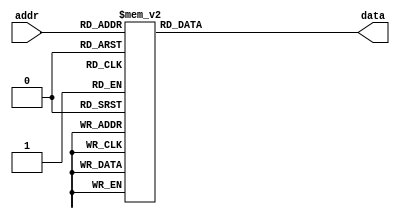
`timescale 1ns / 1ps
//////////////////////////////////////////////////////////////////////////////////
// Company: 
// Engineer: 
// 
// Design Name: 
// Module Name:    ROM_CardH 
// Project Name: 
// Target Devices: 
// Tool versions: 
// Description: 
//
// Dependencies: 
//
// Revision: 
// Revision 0.01 - File Created
// Additional Comments: 
//
//////////////////////////////////////////////////////////////////////////////////
module ROM_CardH(
    input [6:0] addr,
    output reg [269:0] data
    );

always @* begin
	case(addr)
		7'h0: data = 270'b011011011011011011011011011011011011011011011011011011011011011011011011011011011011011011011011011011011011011011011011011011011011011011011011011011011011011011011011011011011011011011011011011011011011011011011011011011011011011011011011011011011011011011011011011011;
		7'h1: data = 270'b011011011011011011011011011011011011011011011011011011011011011011011011011011011011011011011011011011011011011011011011011011011011011011011011011011011011011011011011011011011011011011011011011011011011011011011011011011011011011011011011011011011011011011011011011011;
		7'h2: data = 270'b011011111111111111111111111111111111111111111111111111111111111111111111111111111111111111111111111111111111111111111111111111111111111111111111111111111111111111111111111111111111111111111111111111111111111111111111111111111111111111111111111111111111111111111011011011;
		7'h3: data = 270'b011011111111111111111111111111111111111111111111111111111111111111111111111111111111111111111111111111111111111111111111111111111111111111111111111111111111111111111111111111111111111111111111111111111111111111111111111111111111111111111111111111111111111111111011011011;
		7'h4: data = 270'b011011111111111111111111111111111111111111111111111111111111111111111111111111111111111111111111111111111111111111111111111111111111111111111111111111111111111111111111111111111111111111111111111111111111111111111111111111111111111111111111111111111111111111111011011011;
		7'h5: data = 270'b011011111111111111111111111111111111111111111111111111111111111111111111111111111111111111111111111111111111111111111111111111111111111111111111111111111111111111111111111111111111111111111111111111111111111111111111111111111111111111111111111111111111111111111011011011;
		7'h6: data = 270'b011011111111111111111111111111111111111111111111111111111111111111111111111111111111111111111111111111111111111111111111111111111111111111111111111111111111111111111111111111111111111111111111111111111111111111111111111111111111111111111111111111111111111111111011011011;
		7'h7: data = 270'b011011111111111111111111111111111111111111111111111111111111111111111111111111111111111111111111111111111111111111111111111111111111111111111111111111111111111111111111111111111111111111111111111111111111111111111111111111111111111111111111111111111111111111111011011011;
		7'h8: data = 270'b011011111111111111111111111111111111111111111111111111111111111111111111111111111111111111111111111111111111111111111111111111111111111111111111111111111111111111111111111111111111111111111111111111111111111111111111111111111111111111111111111111111111111111111011011011;
		7'h9: data = 270'b011011111111111111111111111111111111111111111111111111111111111111111111111111111111111111111111111111111111111111111111111111111111111111111111111111111111111111111111111111111111111111111111111111111111111111111111111111111111111111111111111111111111111111111011011011;
		7'ha: data = 270'b011011111111111111111111111111111111111111111111111111111111111111111111111111111111111111111111111111111111111111111111111111111111111111111111111111111111111111111111111111111111111111111111111111111111111111111111111111111111111111111111111111111111111111111011011011;
		7'hb: data = 270'b011011111111111111111111111111111111111111111111111111111111111111111111111111111111111111111111111111111111111111111111111111111111111111111111111111111111111111111111111111111111111111111111111111111111111111111111111111111111111111111111111111111111111111111011011011;
		7'hc: data = 270'b011011111111111111111111111111111111111111111111111111111111111111111111111111111111111111111111111111111111111111111111111111111111111111111111111111111111111111111111111111111111111111111111111111111111111111111111111111111111111111111111111111111111111111111011011011;
		7'hd: data = 270'b011011111111111111111111111111111111111111111111111111111111111111111111111111111111111111111111111111111111111111111111111111111111111111111111111111111111111111111111111111111111111111111111111111111111111111111111111111111111111111111111111111111111111111111011011011;
		7'he: data = 270'b011011111111111111111111111111111111111111111111111111111111111111111111111111111111111111111111111111111111111111111111111111111111111111111111111111111111111111111111111111111111111111111111111111111111111111111111111111111111111111111111111111111111111111111011011011;
		7'hf: data = 270'b011011111111111111111111111111111111111111111111111111111111111111111111111111111111111111111111111111111111111111111111111111111111111111111111111111111111111111111111111111111111111111111111111111111111111111111111111111111111111111111111111111111111111111111011011011;
		7'h10: data = 270'b011011111111111111111111111111111111111111111111111111111111111111111111111111111111111111111111111111111111111111111111111111111111111111111111111111111111111111111111111111111111111111111111111111111111111111111111111111111111111111111111111111111111111111111011011011;
		7'h11: data = 270'b011011111111111111111111111111111111111111111111111111111111111111111111111111111111111111111111111111111111111111111011011011011011011011011011011011111111111111111111111111111111111111111111111111111111111111111111111111111111111111111111111111111111111111111011011011;
		7'h12: data = 270'b011011111111111111111111111111111111111111111111111111111111111111111111111111111111111111111111111111111111011011011011011011011011011011011011011011011011011111111111111111111111111111111111111111111111111111111111111111111111111111111111111111111111111111111011011011;
		7'h13: data = 270'b011011111111111111111111111111111111111111111111111111111111111111111111111111111111111111111111111111011011011011011011011011011011011011011011011011011011011011011111111111111111111111111111111111111111111111111111111111111111111111111111111111111111111111111011011011;
		7'h14: data = 270'b011011111111111111111111111111111111111111111111111111111111111111111111111111111111111111111111111011011011011011011011011011011011011011011011011011011011011011011011111111111111111111111111111111111111111111111111111111111111111111111111111111111111111111111011011011;
		7'h15: data = 270'b011011111111111111111111111111111111111111111111111111111111111111111111111111111111111111111111011011011011011011011011011011011011011011011011011011011011011011011011011111111111111111111111111111111111111111111111111111111111111111111111111111111111111111111011011011;
		7'h16: data = 270'b011011111111111111111111111111111111111111111111111111111111111111111111111111111111111111111011011011011011011011011011011011011011011011011011011011011011011011011011011111111111111111111111111111111111111111111111111111111111111111111111111111111111111111111011011011;
		7'h17: data = 270'b011011111111111111111111111111111111111111111111111111111111111111111111111111111111111111111011011011011011011011011011011011011011011011011011011011011011011011011011011011111111111111111111111111111111111111111111111111111111111111111111111111111111111111111011011011;
		7'h18: data = 270'b011011111111111111111111111111111111111111111111111111111111111111111111111111111111111111011011011011011011011011011011011011011011011011011011011011011011011011011011011011111111111111111111111111111111111111111111111111111111111111111111111111111111111111111011011011;
		7'h19: data = 270'b011011111111111111111111111111111111111111111111111111111111111111111111111111111111111111011011011011011011011011011011011011011011011011011011011011011011011011011011011011111111111111111111111111111111111111111111111111111111111111111111111111111111111111111011011011;
		7'h1a: data = 270'b011011111111111111111111111111111111111111111111111111111111111111111111111111111111111111011011011011011011011011011011011011011011011011011011011011011011011011011011011011111111111111111111111111111111111111111111111111111111111111111111111111111111111111111011011011;
		7'h1b: data = 270'b011011111111111111111111111111111111111111111111111111111111111111111111111111111111111111011011011011011011011011011011011011011011011011011011011011011011011011011011011011111111111111111111111111111111111111111111111111111111111111111111111111111111111111111011011011;
		7'h1c: data = 270'b011011111111111111111111111111111111111111111111111111111111111111111111111111111111111111011011011011011011011011011011011011011011011011011011011011011011011011011011011011111111111111111111111111111111111111111111111111111111111111111111111111111111111111111011011011;
		7'h1d: data = 270'b011011111111111111111111111111111111111111111111111111111111111111111111111111111111111111011011011011011011011011011011011011011011011011011011011011011011011011011011011011111111111111111111111111111111111111111111111111111111111111111111111111111111111111111011011011;
		7'h1e: data = 270'b011011111111111111111111111111111111111111111111111111111111111111111111111111111111111111111011011011011011011011011011011011011011011011011011011011011011011011011011011011111111111111111111111111111111111111111111111111111111111111111111111111111111111111111011011011;
		7'h1f: data = 270'b011011111111111111111111111111111111111111111111111111111111111111111111111111111111111111111011011011011011011011011011011011011011011011011011011011011011011011011011011111111111111111111111111111111111111111111111111111111111111111111111111111111111111111111011011011;
		7'h20: data = 270'b011011111111111111111111111111111111111111111111111111111111111111111111111111111111111111111011011011011011011011011011011011011011011011011011011011011011011011011011011111111111111111111111111111111111111111111111111111111111111111111111111111111111111111111011011011;
		7'h21: data = 270'b011011111111111111111111111111111111111111111111111111111111111111111111111111111111111111111111011011011011011011011011011011011011011011011011011011011011011011011011111111111111111111111111111111111111111111111111111111111111111111111111111111111111111111111011011011;
		7'h22: data = 270'b011011111111111111111111111111111111111111111111111111111111111111011011011011011011011111111111111011011011011011011011011011011011011011011011011011011011011011011011111111111111111111111111111111111111111111111111111111111111111111111111111111111111111111111011011011;
		7'h23: data = 270'b011011111111111111111111111111111111111111111111111111111111011011011011011011011011011011011011111111011011011011011011011011011011011011011011011011011011011011011111111111111111011011011011011111111111111111111111111111111111111111111111111111111111111111111011011011;
		7'h24: data = 270'b011011111111111111111111111111111111111111111111111111111011011011011011011011011011011011011011011111111011011011011011011011011011011011011011011011011011011011011111111011011011011011011011011011011111111111111111111111111111111111111111111111111111111111111011011011;
		7'h25: data = 270'b011011111111111111111111111111111111111111111111111111011011011011011011011011011011011011011011011011011011011011011011011011011011011011011011011011011011011011111111011011011011011011011011011011011011111111111111111111111111111111111111111111111111111111111011011011;
		7'h26: data = 270'b011011111111111111111111111111111111111111111111111111011011011011011011011011011011011011011011011011011011011011011011011011011011011011011011011011011011011011111011011011011011011011011011011011011011011111111111111111111111111111111111111111111111111111111011011011;
		7'h27: data = 270'b011011111111111111111111111111111111111111111111111011011011011011011011011011011011011011011011011011011011011011011011011011011011011011011011011011011011011011011011011011011011011011011011011011011011011011111111111111111111111111111111111111111111111111111011011011;
		7'h28: data = 270'b011011111111111111111111111111111111111111111111111011011011011011011011011011011011011011011011011011011011011011011011011011011011011011011011011011011011011011011011011011011011011011011011011011011011011011111111111111111111111111111111111111111111111111111011011011;
		7'h29: data = 270'b011011111111111111111111111111111111111111111111111011011011011011011011011011011011011011011011011011011011011011011011011011011011011011011011011011011011011011011011011011011011011011011011011011011011011011011111111111111111111111111111111111111111111111111011011011;
		7'h2a: data = 270'b011011111111111111111111111111111111111111111111011011011011011011011011011011011011011011011011011011011011011011011011011011011011011011011011011011011011011011011011011011011011011011011011011011011011011011011111111111111111111111111111111111111111111111111011011011;
		7'h2b: data = 270'b011011111111111111111111111111111111111111111111011011011011011011011011011011011011011011011011011011011011011011011011011011011011011011011011011011011011011011011011011011011011011011011011011011011011011011011111111111111111111111111111111111111111111111111011011011;
		7'h2c: data = 270'b011011111111111111111111111111111111111111111111011011011011011011011011011011011011011011011011011011011011011011011011011011011011011011011011011011011011011011011011011011011011011011011011011011011011011011011111111111111111111111111111111111111111111111111011011011;
		7'h2d: data = 270'b011011111111111111111111111111111111111111111111011011011011011011011011011011011011011011011011011011011011011011011011011011011011011011011011011011011011011011011011011011011011011011011011011011011011011011011111111111111111111111111111111111111111111111111011011011;
		7'h2e: data = 270'b011011111111111111111111111111111111111111111111011011011011011011011011011011011011011011011011011011011011011011011011011011011011011011011011011011011011011011011011011011011011011011011011011011011011011011011011111111111111111111111111111111111111111111111011011011;
		7'h2f: data = 270'b011011111111111111111111111111111111111111111111011011011011011011011011011011011011011011011011011011011011011011011011011011011011011011011011011011011011011011011011011011011011011011011011011011011011011011011011111111111111111111111111111111111111111111111011011011;
		7'h30: data = 270'b011011111111111111111111111111111111111111111111011011011011011011011011011011011011011011011011011011011011011011011011011011011011011011011011011011011011011011011011011011011011011011011011011011011011011011011011111111111111111111111111111111111111111111111011011011;
		7'h31: data = 270'b011011111111111111111111111111111111111111111111011011011011011011011011011011011011011011011011011011011011011011011011011011011011011011011011011011011011011011011011011011011011011011011011011011011011011011011111111111111111111111111111111111111111111111111011011011;
		7'h32: data = 270'b011011111111111111111111111111111111111111111111011011011011011011011011011011011011011011011011011011011011011011011011011011011011011011011011011011011011011011011011011011011011011011011011011011011011011011011111111111111111111111111111111111111111111111111011011011;
		7'h33: data = 270'b011011111111111111111111111111111111111111111111011011011011011011011011011011011011011011011011011011011011011011011011011011011011011011011011011011011011011011011011011011011011011011011011011011011011011011011111111111111111111111111111111111111111111111111011011011;
		7'h34: data = 270'b011011111111111111111111111111111111111111111111111011011011011011011011011011011011011011011011011011011011011011011011011111011011011011011011011011011011011011011011011011011011011011011011011011011011011011011111111111111111111111111111111111111111111111111011011011;
		7'h35: data = 270'b011011111111111111111111111111111111111111111111111011011011011011011011011011011011011011011011011011011011011011011011111111011011111111011011011011011011011011011011011011011011011011011011011011011011011011011111111111111111111111111111111111111111111111111011011011;
		7'h36: data = 270'b011011111111111111111111111111111111111111111111111011011011011011011011011011011011011011011011011011011011011011011111111111011011111111011011011011011011011011011011011011011011011011011011011011011011011011111111111111111111111111111111111111111111111111111011011011;
		7'h37: data = 270'b011011111111111111111111111111111111111111111111111111011011011011011011011011011011011011011011011011011011011011011111111111011011111111111011011011011011011011011011011011011011011011011011011011011011011011111111111111111111111111111111111111111111111111111011011011;
		7'h38: data = 270'b011011111111111111111111111111111111111111111111111111111011011011011011011011011011011011011011011011011011011011111111111111011011111111111111011011011011011011011011011011011011011011011011011011011011011011111111111111111111111111111111111111111111111111111011011011;
		7'h39: data = 270'b011011111111111111111111111111111111111111111111111111111011011011011011011011011011011011011011011011011011011111111111111111011011111111111111011011011011011011011011011011011011011011011011011011011011011111111111111111111111111111111111111111111111111111111011011011;
		7'h3a: data = 270'b011011111111111111111111111111111111111111111111111111111111011011011011011011011011011011011011011011011011111111111111111111011011011111111111111011011011011011011011011011011011011011011011011011011011111111111111111111111111111111111111111111111111111111111011011011;
		7'h3b: data = 270'b011011111111111111111111111111111111111111111111111111111111111011011011011011011011011011011011011011011111111111111111111111011011011111111111111111011011011011011011011011011011011011011011011011011011111111111111111111111111111111111111111111111111111111111011011011;
		7'h3c: data = 270'b011011111111111111111111111111111111111111111111111111111111111111111011011011011011011011011011011111111111111111111111111111011011011111111111111111111111011011011011011011011011011011011011011011011111111111111111111111111111111111111111111111111111111111111011011011;
		7'h3d: data = 270'b011011111111111111111111111111111111111111111111111111111111111111111111111011011011011011011111111111111111111111111111111011011011011111111111111111111111111011011011011011011011011011011011011011111111111111111111111111111111111111111111111111111111111111111011011011;
		7'h3e: data = 270'b011011111111111111111111111111111111111111111111111111111111111111111111111111111111111111111111111111111111111111111111111011011011011011111111111111111111111111111011011011011011011011011011111111111111111111111111111111111111111111111111111111111111111111111011011011;
		7'h3f: data = 270'b011011111111111111111111111111111111111111111111111111111111111111111111111111111111111111111111111111111111111111111111111011011011011011111111111111111111111111111111111111111011011111111111111111111111111111111111111111111111111111111111111111111111111111111011011011;
		7'h40: data = 270'b011011111111111111111111111111111111111111111111111111111111111111111111111111111111111111111111111111111111111111111111111011011011011011111111111111111111111111111111111111111111111111111111111111111111111111111111111111111111111111111111111111111111111111111011011011;
		7'h41: data = 270'b011011111111111111111111111111111111111111111111111111111111111111111111111111111111111111111111111111111111111111111111011011011011011011011111111111111111111111111111111111111111111111111111111111111111111111111111111111111111111111111111111111111111111111111011011011;
		7'h42: data = 270'b011011111111111111111111111111111111111111111111111111111111111111111111111111111111111111111111111111111111111111111111011011011011011011011011111111111111111111111111111111111111111111111111111111111111111111111111111111111111111111111111111111111111111111111011011011;
		7'h43: data = 270'b011011111111111111111111111111111111111111111111111111111111111111111111111111111111111111111111111111111111111111111011011011011011011011011011111111111111111111111111111111111111111111111111111111111111111111111111111111111111111111111111111111111111111111111011011011;
		7'h44: data = 270'b011011111111111111111111111111111111111111111111111111111111111111111111111111111111111111111111111111111111111111011011011011011011011011011011011111111111111111111111111111111111111111111111111111111111111111111111111111111111111111111111111111111111111111111011011011;
		7'h45: data = 270'b011011111111111111111111111111111111111111111111111111111111111111111111111111111111111111111111111111111111111011011011011011011011011011011011011011111111111111111111111111111111111111111111111111111111111111111111111111111111111111111111111111111111111111111011011011;
		7'h46: data = 270'b011011111111111111111111111111111111111111111111111111111111111111111111111111111111111111111111111111111111011011011011011011011011011011011011011011011111111111111111111111111111111111111111111111111111111111111111111111111111111111111111111111111111111111111011011011;
		7'h47: data = 270'b011011111111111111111111111111111111111111111111111111111111111111111111111111111111111111111111111111111111111111111011011011011011011011011011011011111111111111111111111111111111111111111111111111111111111111111111111111111111111111111111111111111111111111111011011011;
		7'h48: data = 270'b011011111111111111111111111111111111111111111111111111111111111111111111111111111111111111111111111111111111111111111111111111111111111111111111111111111111111111111111111111111111111111111111111111111111111111111111111111111111111111111111111111111111111111111011011011;
		7'h49: data = 270'b011011111111111111111111111111111111111111111111111111111111111111111111111111111111111111111111111111111111111111111111111111111111111111111111111111111111111111111111111111111111111111111111111111111111111111111111111111111111111111111111111111111111111111111011011011;
		7'h4a: data = 270'b011011111111111111111111111111111111111111111111111111111111111111111111111111111111111111111111111111111111111111111111111111111111111111111111111111111111111111111111111111111111111111111111111111111111111111111111111111111111111111111111111111111111111111111011011011;
		7'h4b: data = 270'b011011111111111111111111111111111111111111111111111111111111111111111111111111111111111111111111111111111111111111111111111111111111111111111111111111111111111111111111111111111111111111111111111111111111111111111111111111111111111111111111111111111111111111111011011011;
		7'h4c: data = 270'b011011111111111111111111111111111111111111111111111111111111111111111111111111111111111111111111111111111111111111111111111111111111111111111111111111111111111111111111111111111111111111111111111111111111111111111111111111111111111111111111111111111111111111111011011011;
		7'h4d: data = 270'b011011111111111111111111111111111111111111111111111111111111111111111111111111111111111111111111111111111111111111111111111111111111111111111111111111111111111111111111111111111111111111111111111111111111111111111111111111111111111111111111111111111111111111111011011011;
		7'h4e: data = 270'b011011111111111111111111111111111111111111111111111111111111111111111111111111111111111111111111111111111111111111111111111111111111111111111111111111111111111111111111111111111111111111111111111111111111111111111111111111111111111111111111111111111111111111111011011011;
		7'h4f: data = 270'b011011111111111111111111111111111111111111111111111111111111111111111111111111111111111111111111111111111111111111111111111111111111111111111111111111111111111111111111111111111111111111111111111111111111111111111111111111111111111111111111111111111111111111111011011011;
		7'h50: data = 270'b011011111111111111111111111111111111111111111111111111111111111111111111111111111111111111111111111111111111111111111111111111111111111111111111111111111111111111111111111111111111111111111111111111111111111111111111111111111111111111111111111111111111111111111011011011;
		7'h51: data = 270'b011011111111111111111111111111111111111111111111111111111111111111111111111111111111111111111111111111111111111111111111111111111111111111111111111111111111111111111111111111111111111111111111111111111111111111111111111111111111111111111111111111111111111111111011011011;
		7'h52: data = 270'b011011111111111111111111111111111111111111111111111111111111111111111111111111111111111111111111111111111111111111111111111111111111111111111111111111111111111111111111111111111111111111111111111111111111111111111111111111111111111111111111111111111111111111111011011011;
		7'h53: data = 270'b011011111111111111111111111111111111111111111111111111111111111111111111111111111111111111111111111111111111111111111111111111111111111111111111111111111111111111111111111111111111111111111111111111111111111111111111111111111111111111111111111111111111111111111011011011;
		7'h54: data = 270'b011011111111111111111111111111111111111111111111111111111111111111111111111111111111111111111111111111111111111111111111111111111111111111111111111111111111111111111111111111111111111111111111111111111111111111111111111111111111111111111111111111111111111111111011011011;
		7'h55: data = 270'b011011111111111111111111111111111111111111111111111111111111111111111111111111111111111111111111111111111111111111111111111111111111111111111111111111111111111111111111111111111111111111111111111111111111111111111111111111111111111111111111111111111111111111111011011011;
		7'h56: data = 270'b011011111111111111111111111111111111111111111111111111111111111111111111111111111111111111111111111111111111111111111111111111111111111111111111111111111111111111111111111111111111111111111111111111111111111111111111111111111111111111111111111111111111111111111011011011;
		7'h57: data = 270'b011011011011011011011011011011011011011011011011011011011011011011011011011011011011011011011011011011011011011011011011011011011011011011011011011011011011011011011011011011011011011011011011011011011011011011011011011011011011011011011011011011011011011011011011011011;
		7'h58: data = 270'b011011011011011011011011011011011011011011011011011011011011011011011011011011011011011011011011011011011011011011011011011011011011011011011011011011011011011011011011011011011011011011011011011011011011011011011011011011011011011011011011011011011011011011011011011011;
		7'h59: data = 270'b011011011011011011011011011011011011011011011011011011011011011011011011011011011011011011011011011011011011011011011011011011011011011011011011011011011011011011011011011011011011011011011011011011011011011011011011011011011011011011011011011011011011011011011011011011;

		default: data = 270'b0;
	endcase
end

endmodule